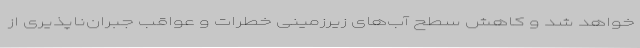
خواهد شد و کاهش سطح آب‌های زیرزمینی خطرات و عواقب جبران‌ناپذیری از